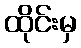
ထိုင်းမှ